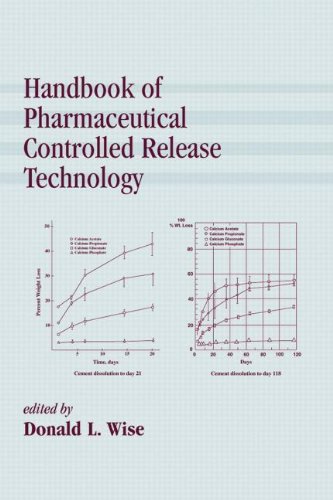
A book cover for Handbook of Pharmaceutical Controlled Release Technology; Donald L. Wise; Medical Books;